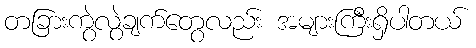
တခြားကွဲလွဲချက်တွေလည်း အများကြီးရှိပါတယ်